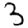
Digit: 3